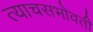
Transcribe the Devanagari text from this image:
त्याचसभोवती